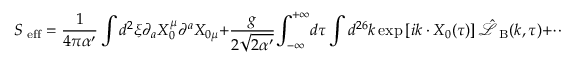
{ S _ { \mathrm { \scriptsize ~ e f f } } } = { \frac { 1 } { 4 \pi \alpha ^ { \prime } } } \int { d ^ { 2 } } \xi { \partial _ { a } } { X _ { 0 } ^ { \mu } } { \partial ^ { a } } { X _ { 0 \mu } } + { \frac { g } { 2 \sqrt { 2 \alpha ^ { \prime } } } } { \int _ { - \infty } ^ { + \infty } } d \tau \int { d ^ { 2 6 } } k \exp \left[ i k \cdot { X _ { 0 } } ( \tau ) \right] { \hat { \mathcal { L } } _ { \mathrm { \scriptsize ~ B } } } ( k , \tau ) + \cdots ,